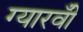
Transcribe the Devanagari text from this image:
ग्यारवीँ